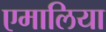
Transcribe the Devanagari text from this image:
एमालिया